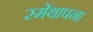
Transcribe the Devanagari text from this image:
स्मेंथापना